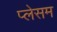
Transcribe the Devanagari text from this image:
प्लेसम